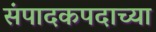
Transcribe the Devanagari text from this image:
संपादकपदाच्या